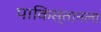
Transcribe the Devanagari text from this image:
पाकिस्तानला